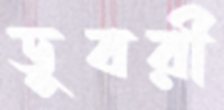
ডুবরী